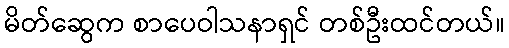
မိတ်ဆွေက စာပေဝါသနာရှင် တစ်ဦးထင်တယ်။